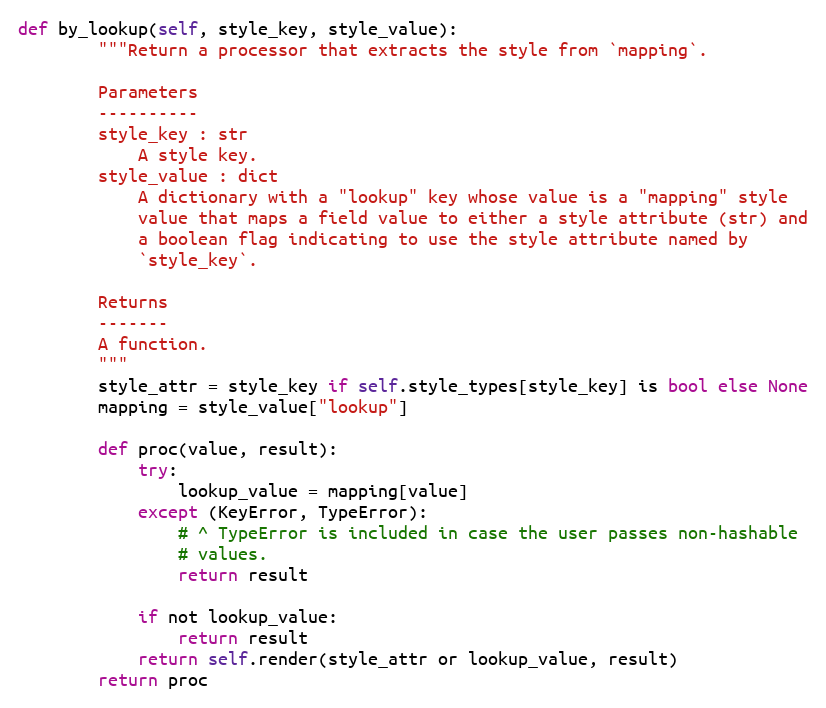
Language: Python
def by_lookup(self, style_key, style_value):
        """Return a processor that extracts the style from `mapping`.

        Parameters
        ----------
        style_key : str
            A style key.
        style_value : dict
            A dictionary with a "lookup" key whose value is a "mapping" style
            value that maps a field value to either a style attribute (str) and
            a boolean flag indicating to use the style attribute named by
            `style_key`.

        Returns
        -------
        A function.
        """
        style_attr = style_key if self.style_types[style_key] is bool else None
        mapping = style_value["lookup"]

        def proc(value, result):
            try:
                lookup_value = mapping[value]
            except (KeyError, TypeError):
                # ^ TypeError is included in case the user passes non-hashable
                # values.
                return result

            if not lookup_value:
                return result
            return self.render(style_attr or lookup_value, result)
        return proc